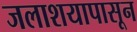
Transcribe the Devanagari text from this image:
जलाशयापासून